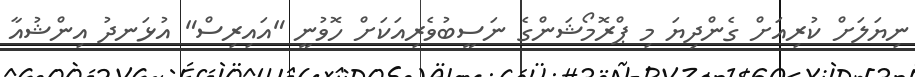
ނިޔަލަށް ކުރިއަށް ގެންދިޔަ މި ޕްރޮމޯޝަންގެ ނަސީބުވެރިއަކަށް ހޮވުނީ "އައިރިސް" އުޅަނދު އިންޝުއާ